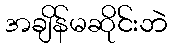
အချိန်မဆိုင်းဘဲ